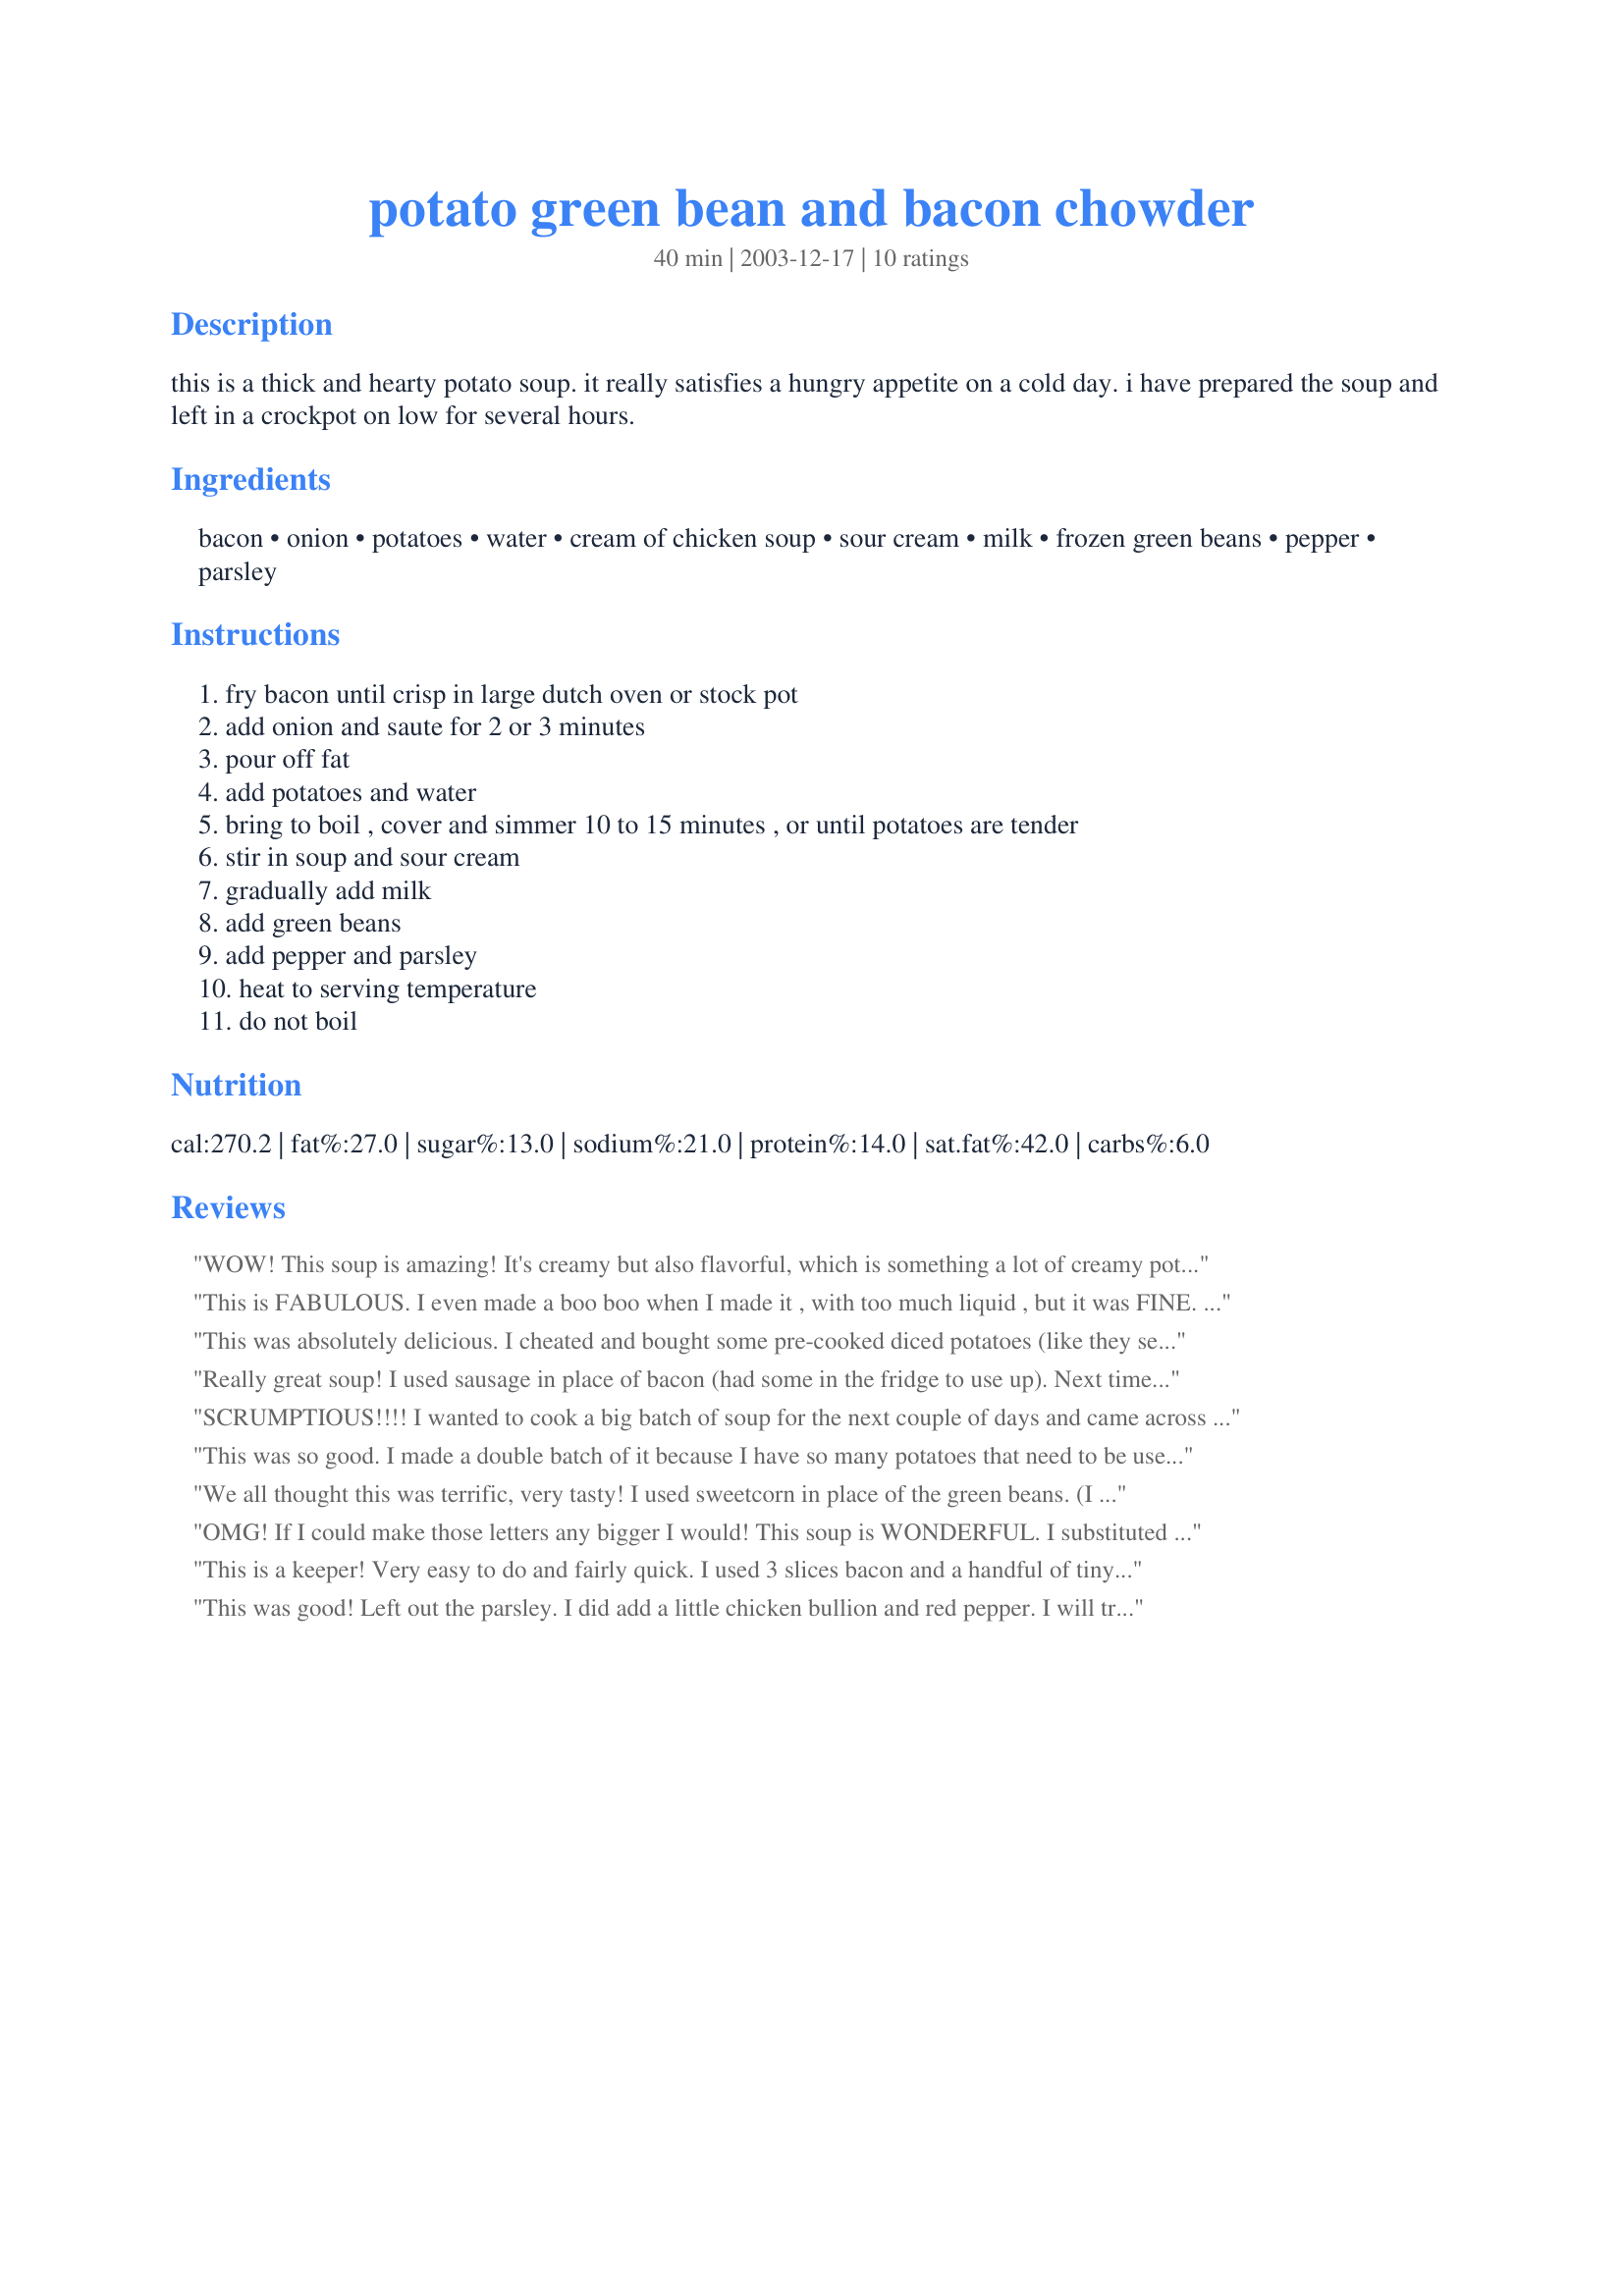
potato green bean and bacon chowder
Preparation time: 40 minutes

this is a thick and hearty potato soup. it really satisfies a hungry appetite on a cold day. i have prepared the soup and left in a crockpot on low for several hours.

Ingredients:
bacon, onion, potatoes, water, cream of chicken soup, sour cream, milk, frozen green beans, pepper, parsley

Steps:
fry bacon until crisp in large dutch oven or stock pot, add onion and saute for 2 or 3 minutes, pour off fat, add potatoes and water, bring to boil , cover and simmer 10 to 15 minutes , or until potatoes are tender, stir in soup and sour cream, gradually add milk, add green beans, add pepper and parsley, heat to serving temperature, do not boil

Reviews:
WOW! This soup is amazing! It's creamy but also flavorful, which is something a lot of creamy potato soups lack. Also, if you use fat free sour cream, skim milk and turkey bacon, it's also a very filling but reduced-calorie dinner! (this is what we did...it turned out great!) Sprinkle with a little low-fat mozzarella cheese, and you have a soup that makes for a great-tasting meal all by itself!
This is FABULOUS. I even made a boo boo when I made it , with too much liquid , but it was FINE. Just a bit thinner was all. I'll know for next time!! :) The flavors blend so well together ... QUICK to put together ... easy ... definitely stays in my recipes , especially looking forward to it this winter!! (or when it gets a tad cooler) ;) Thanks for a GREAT recipe sbsbea!
This was absolutely delicious. I cheated and bought some pre-cooked diced potatoes (like they sell refrigerated with hashbrowns...don't remember the name of them. I think it's "Simply Potatoes."I put it in the crockpot and added a can of clams, some baby shrimp and some crab for a seafood chowder. My-Oh-My..it is delicious! Ivars..eat your heart out!
Really great soup! I used sausage in place of bacon (had some in the fridge to use up). Next time I will use canned green beans instead of frozen, we just like them alot better. Will definately make again, thank-you!
SCRUMPTIOUS!!!! I wanted to cook a big batch of soup for the next couple of days and came across this one. Looked easy and tasty, so I gave it a go. I didn't have a cream of chicken so I used a cream of broccoli with cheese soup and followed the rest of the directions as written. WOW!!! This soup came out creamy, delicious, and soooo comforting. I also mashed the potatoes after they were cooked, but left them a little bit chunky. I ended up eating a bowl of it and that was after I already had my dinner...LOL... Thank you Ms_Bold for a fantastic recipe!!!!!
This was so good. I made a double batch of it because I have so many potatoes that need to be used up. I used some frozen broccoli floweretts and some frozen white corn. DH usually moans when I make soup for dinner, but he really enjoyed this....it had such a great flavor. I brought some down to my neighbors, so they'll be happy too!! Thanks Ms_Bold
We all thought this was terrific, very tasty! I used sweetcorn in place of the green beans. (I hope you don't mind, ms_bold!) After the potatoes were cooked, I mashed them slightly, to thicken up the soup. It was a huge hit, and I'll definitely be making this delicious soup again!
OMG! If I could make those letters any bigger I would! This soup is WONDERFUL. I substituted the green beans with frozen corn and had to use parsley flakes for the fresh. But it still came out great. On this first night of super cold temps this hit the spot. Six thumbs up here Ms_Bold!
This is a keeper! Very easy to do and fairly quick. I used 3 slices bacon and a handful of tiny diced ham, added 2 big cloves of garlic to the onions, and had to use a bit more water than called for to cook the potatoes. I also used a LOT of pepper! I think I may try broccoli next time in place of the green beans. This didn't make enough to serve 6 in my opinion. We got 2 bowls, and leftovers for ~ 1 and a half bowls.
This was good! Left out the parsley. I did add a little chicken bullion and red pepper. I will try it with sausage next time.
